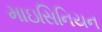
માઇસિનિયન